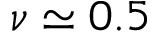
\nu \simeq 0 . 5